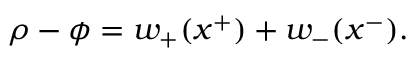
\rho - \phi = w _ { + } ( x ^ { + } ) + w _ { - } ( x ^ { - } ) .